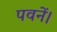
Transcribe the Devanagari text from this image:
पवनें।